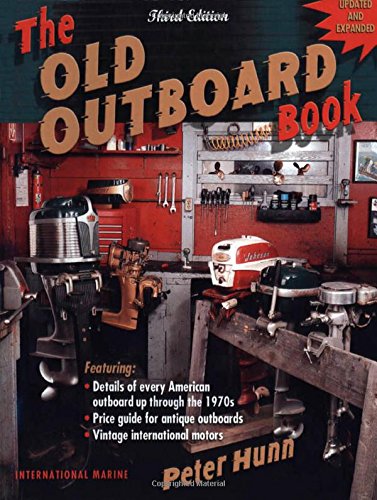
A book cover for The Old Outboard Book; Peter Hunn; Crafts, Hobbies & Home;